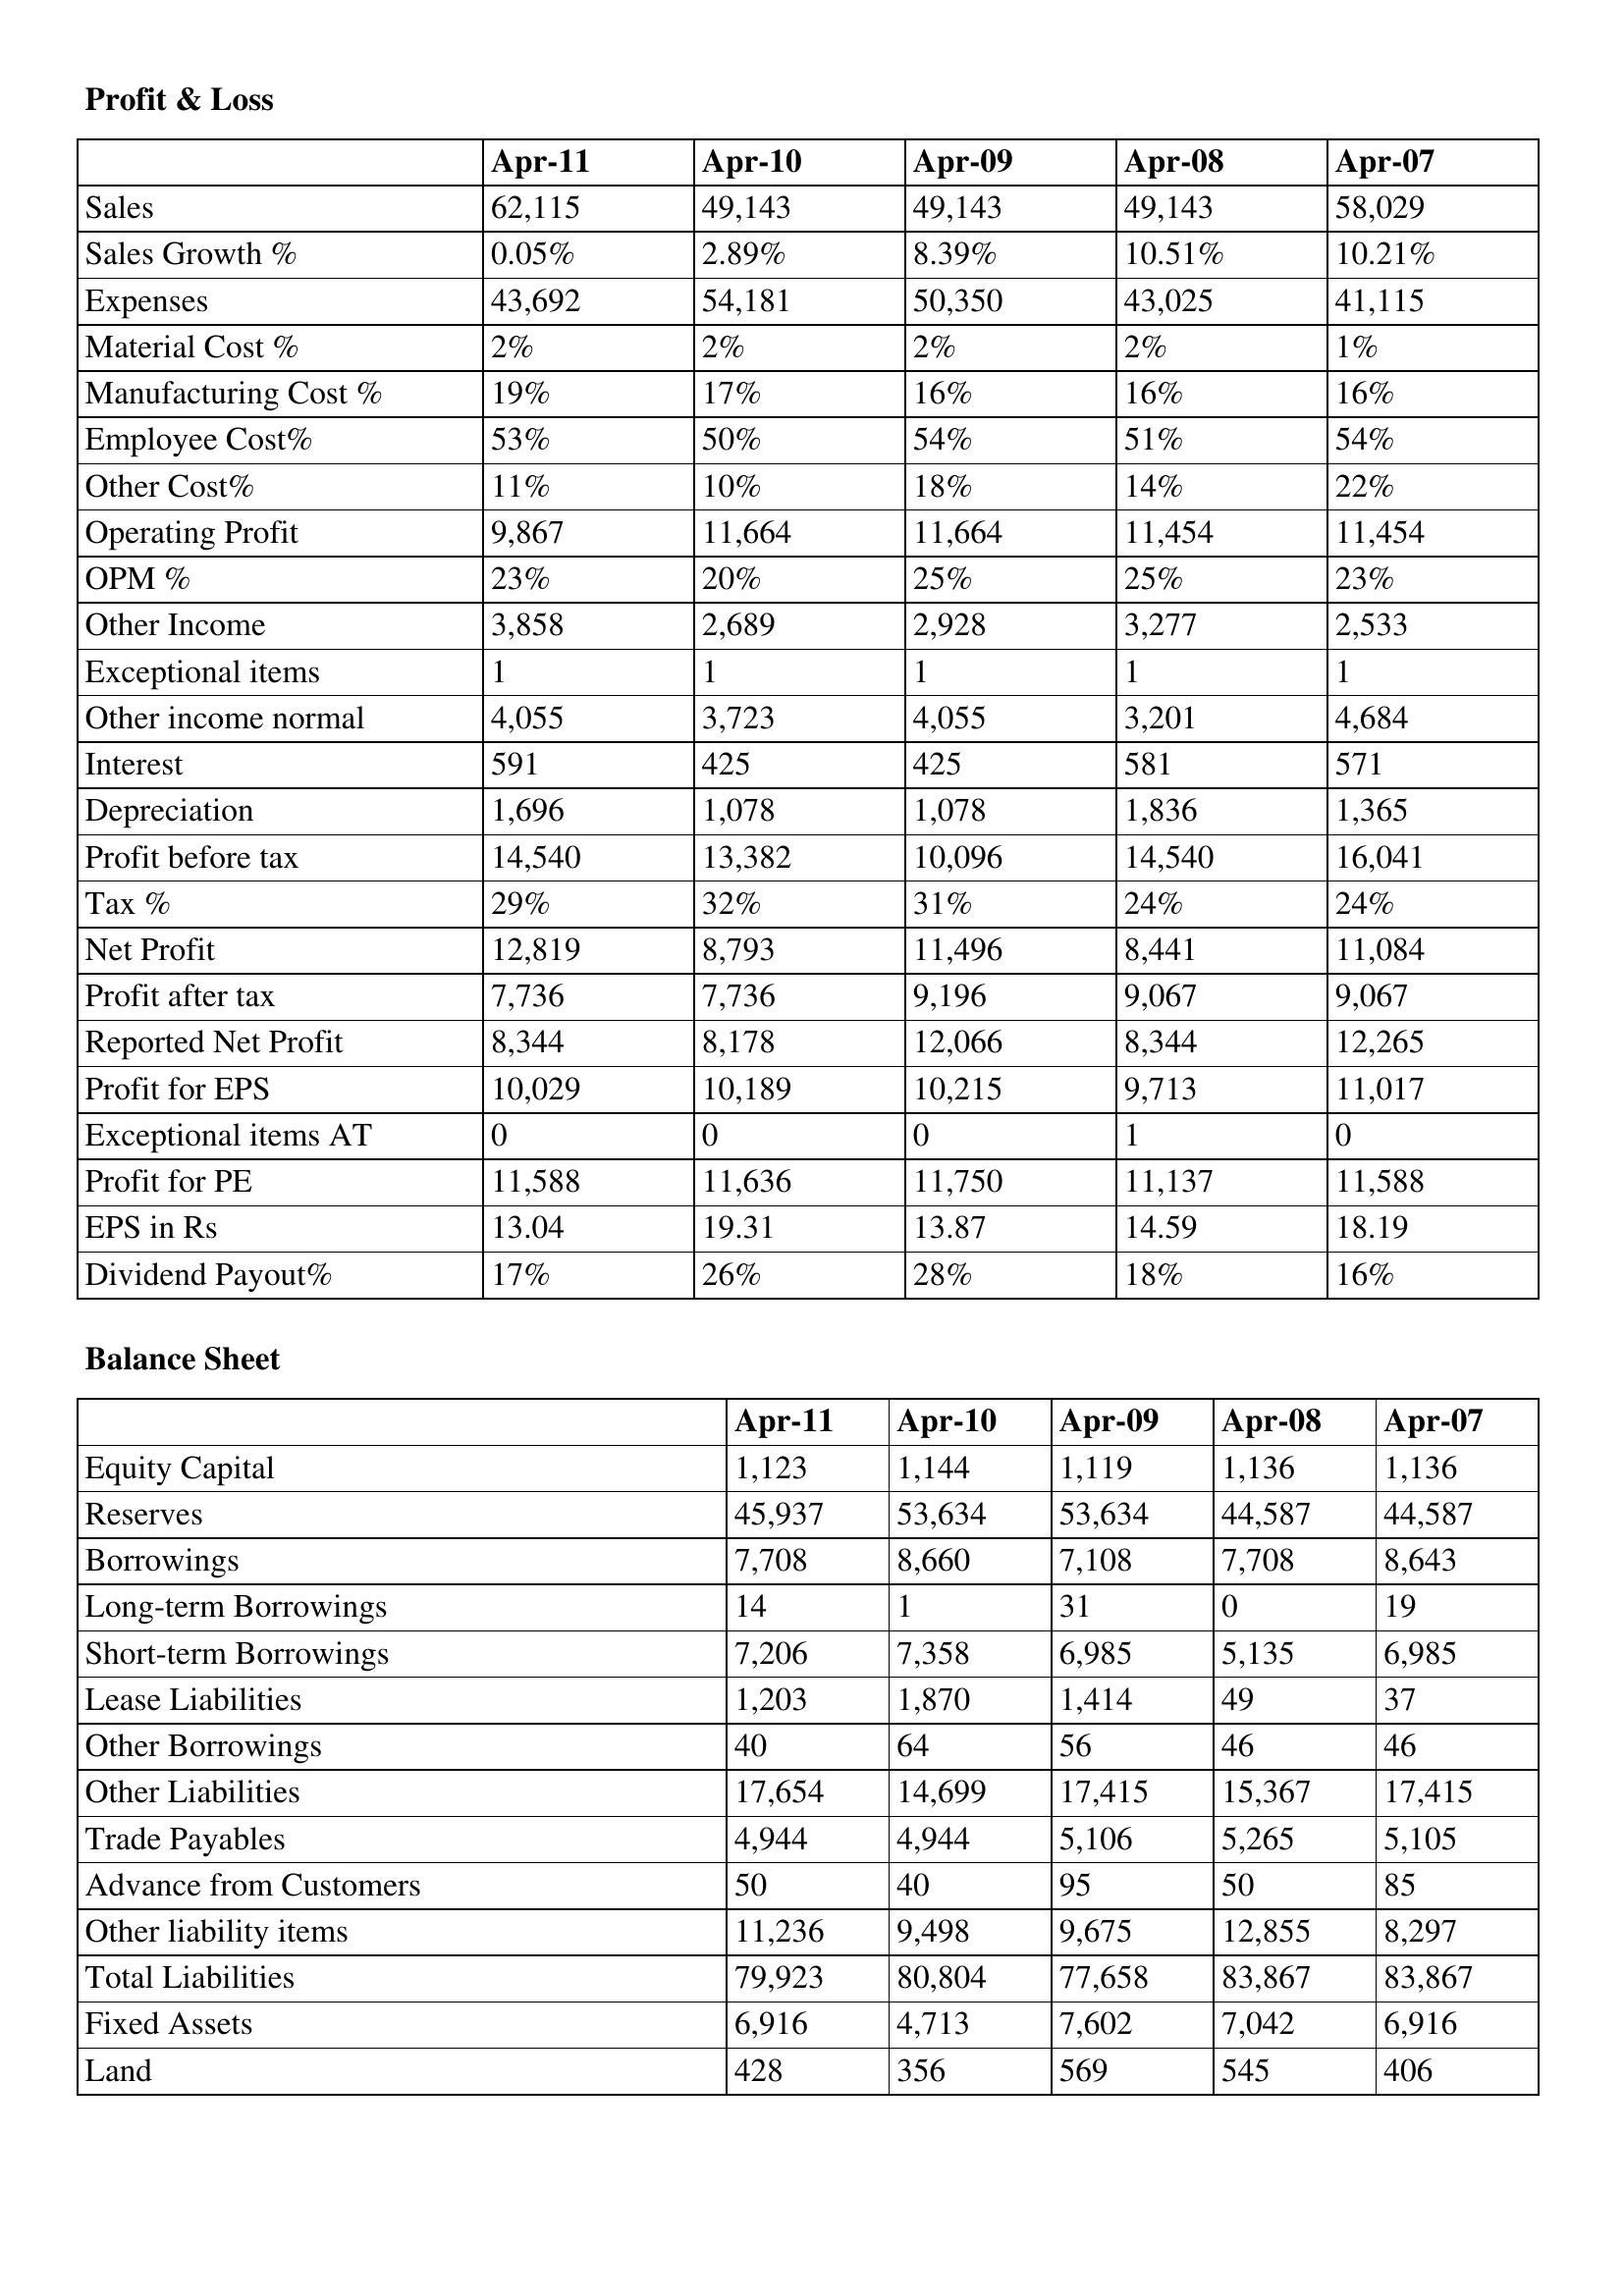
gt_parse: Apr-11: Profit & Loss: Sales: 62,115
Sales Growth %: 0.05%
Expenses: 43,692
Material Cost %: 2%
Manufacturing Cost %: 19%
Employee Cost%: 53%
Other Cost%: 11%
Operating Profit: 9,867
OPM %: 23%
Other Income: 3,858
Exceptional items: 1
Other income normal: 4,055
Interest: 591
Depreciation: 1,696
Profit before tax: 14,540
Tax %: 29%
Net Profit: 12,819
Profit after tax: 7,736
Reported Net Profit: 8,344
Profit for EPS: 10,029
Exceptional items AT: 0
Profit for PE: 11,588
EPS in Rs: 13.04
Dividend Payout%: 17%
Balance Sheet: Equity Capital: 1,123
Reserves: 45,937
Borrowings: 7,708
Long-term Borrowings: 14
Short-term Borrowings: 7,206
Lease Liabilities: 1,203
Other Borrowings: 40
Other Liabilities: 17,654
Trade Payables: 4,944
Advance from Customers: 50
Other liability items: 11,236
Total Liabilities: 79,923
Fixed Assets: 6,916
Land: 428
Apr-10: Profit & Loss: Sales: 49,143
Sales Growth %: 2.89%
Expenses: 54,181
Material Cost %: 2%
Manufacturing Cost %: 17%
Employee Cost%: 50%
Other Cost%: 10%
Operating Profit: 11,664
OPM %: 20%
Other Income: 2,689
Exceptional items: 1
Other income normal: 3,723
Interest: 425
Depreciation: 1,078
Profit before tax: 13,382
Tax %: 32%
Net Profit: 8,793
Profit after tax: 7,736
Reported Net Profit: 8,178
Profit for EPS: 10,189
Exceptional items AT: 0
Profit for PE: 11,636
EPS in Rs: 19.31
Dividend Payout%: 26%
Balance Sheet: Equity Capital: 1,144
Reserves: 53,634
Borrowings: 8,660
Long-term Borrowings: 1
Short-term Borrowings: 7,358
Lease Liabilities: 1,870
Other Borrowings: 64
Other Liabilities: 14,699
Trade Payables: 4,944
Advance from Customers: 40
Other liability items: 9,498
Total Liabilities: 80,804
Fixed Assets: 4,713
Land: 356
Apr-09: Profit & Loss: Sales: 49,143
Sales Growth %: 8.39%
Expenses: 50,350
Material Cost %: 2%
Manufacturing Cost %: 16%
Employee Cost%: 54%
Other Cost%: 18%
Operating Profit: 11,664
OPM %: 25%
Other Income: 2,928
Exceptional items: 1
Other income normal: 4,055
Interest: 425
Depreciation: 1,078
Profit before tax: 10,096
Tax %: 31%
Net Profit: 11,496
Profit after tax: 9,196
Reported Net Profit: 12,066
Profit for EPS: 10,215
Exceptional items AT: 0
Profit for PE: 11,750
EPS in Rs: 13.87
Dividend Payout%: 28%
Balance Sheet: Equity Capital: 1,119
Reserves: 53,634
Borrowings: 7,108
Long-term Borrowings: 31
Short-term Borrowings: 6,985
Lease Liabilities: 1,414
Other Borrowings: 56
Other Liabilities: 17,415
Trade Payables: 5,106
Advance from Customers: 95
Other liability items: 9,675
Total Liabilities: 77,658
Fixed Assets: 7,602
Land: 569
Apr-08: Profit & Loss: Sales: 49,143
Sales Growth %: 10.51%
Expenses: 43,025
Material Cost %: 2%
Manufacturing Cost %: 16%
Employee Cost%: 51%
Other Cost%: 14%
Operating Profit: 11,454
OPM %: 25%
Other Income: 3,277
Exceptional items: 1
Other income normal: 3,201
Interest: 581
Depreciation: 1,836
Profit before tax: 14,540
Tax %: 24%
Net Profit: 8,441
Profit after tax: 9,067
Reported Net Profit: 8,344
Profit for EPS: 9,713
Exceptional items AT: 1
Profit for PE: 11,137
EPS in Rs: 14.59
Dividend Payout%: 18%
Balance Sheet: Equity Capital: 1,136
Reserves: 44,587
Borrowings: 7,708
Long-term Borrowings: 0
Short-term Borrowings: 5,135
Lease Liabilities: 49
Other Borrowings: 46
Other Liabilities: 15,367
Trade Payables: 5,265
Advance from Customers: 50
Other liability items: 12,855
Total Liabilities: 83,867
Fixed Assets: 7,042
Land: 545
Apr-07: Profit & Loss: Sales: 58,029
Sales Growth %: 10.21%
Expenses: 41,115
Material Cost %: 1%
Manufacturing Cost %: 16%
Employee Cost%: 54%
Other Cost%: 22%
Operating Profit: 11,454
OPM %: 23%
Other Income: 2,533
Exceptional items: 1
Other income normal: 4,684
Interest: 571
Depreciation: 1,365
Profit before tax: 16,041
Tax %: 24%
Net Profit: 11,084
Profit after tax: 9,067
Reported Net Profit: 12,265
Profit for EPS: 11,017
Exceptional items AT: 0
Profit for PE: 11,588
EPS in Rs: 18.19
Dividend Payout%: 16%
Balance Sheet: Equity Capital: 1,136
Reserves: 44,587
Borrowings: 8,643
Long-term Borrowings: 19
Short-term Borrowings: 6,985
Lease Liabilities: 37
Other Borrowings: 46
Other Liabilities: 17,415
Trade Payables: 5,105
Advance from Customers: 85
Other liability items: 8,297
Total Liabilities: 83,867
Fixed Assets: 6,916
Land: 406